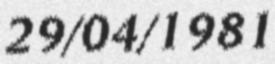
29/04/1981